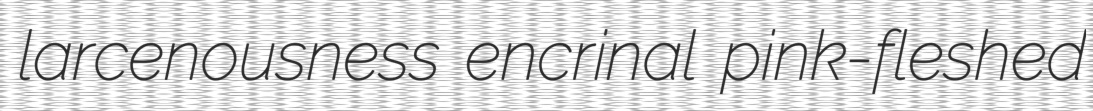
larcenousness encrinal pink-fleshed